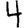
Digit: 4